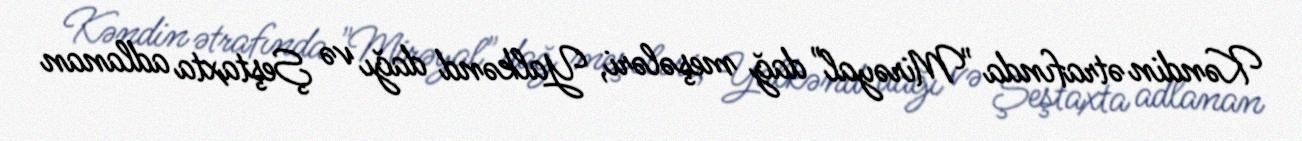
Kəndin ətrafında "Mirəyal" dağ meşələri, Yalkənd dağı və Şeştaxta adlanan